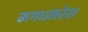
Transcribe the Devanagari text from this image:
मगधनरेश